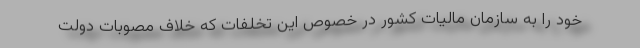
خود را به سازمان مالیات کشور در خصوص این تخلفات که خلاف مصوبات دولت